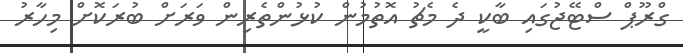
ގްރޫޕް ސްޓޭޖުގައި ބާކީ ދެ މެޗު އޮތުމުން ކުޅުންތެރިން ވަރަށް ބުރަކޮށް މިހާރު